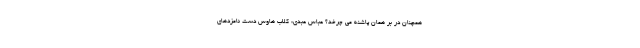
همچنان در بر همان پاشنه می چرخد؟ عباس عبدی: کلاب هاوس دست نامزدهای